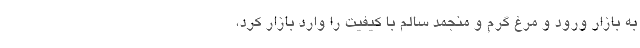
به بازار ورود و مرغ گرم و منجمد سالم با کیفیت را وارد بازار کرد،